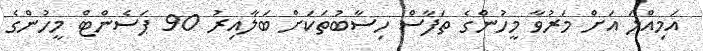
އަމިއްލަ އަށް މަރުވާ މީހުންގެ ތަފާސް ހިސާބުތަކަށް ބަލާއިރު 90 ޕަސެންޓް މީހުންގެ